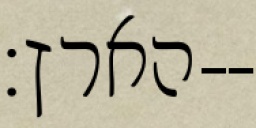
הארץ׃--